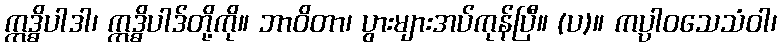
ဣဒ္ဓိပါဒါ၊ ဣဒ္ဓိပါဒ်တို့ကို။ ဘာဝိတာ၊ ပွားများအပ်ကုန်ပြီ။ (ပ)။ ကပ္ပါဝသေသံဝါ၊